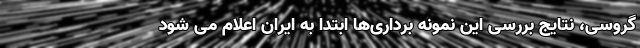
گروسی، نتایج بررسی این نمونه برداری‌ها ابتدا به ایران اعلام می شود